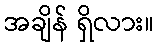
အချိန် ရှိလား။